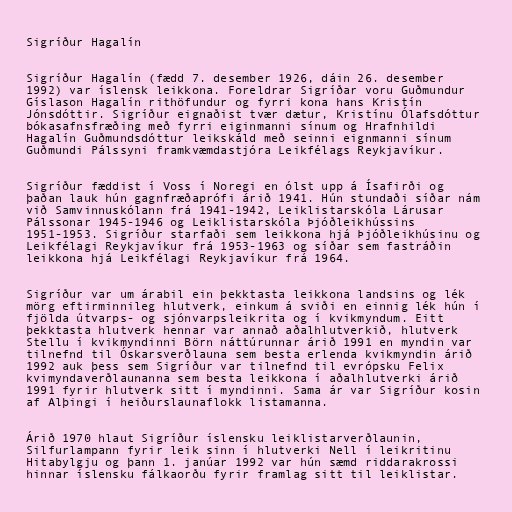
Sigríður Hagalín

Sigríður Hagalín (fædd 7. desember 1926, dáin 26. desember
1992) var íslensk leikkona. Foreldrar Sigríðar voru Guðmundur
Gíslason Hagalín rithöfundur og fyrri kona hans Kristín
Jónsdóttir. Sigríður eignaðist tvær dætur, Kristínu Ólafsdóttur
bókasafnsfræðing með fyrri eiginmanni sínum og Hrafnhildi
Hagalín Guðmundsdóttur leikskáld með seinni eignmanni sínum
Guðmundi Pálssyni framkvæmdastjóra Leikfélags Reykjavíkur.

Sigríður fæddist í Voss í Noregi en ólst upp á Ísafirði og
þaðan lauk hún gagnfræðaprófi árið 1941. Hún stundaði síðar nám
við Samvinnuskólann frá 1941-1942, Leiklistarskóla Lárusar
Pálssonar 1945-1946 og Leiklistarskóla Þjóðleikhússins
1951-1953. Sigríður starfaði sem leikkona hjá Þjóðleikhúsinu og
Leikfélagi Reykjavíkur frá 1953-1963 og síðar sem fastráðin
leikkona hjá Leikfélagi Reykjavíkur frá 1964.

Sigríður var um árabil ein þekktasta leikkona landsins og lék
mörg eftirminnileg hlutverk, einkum á sviði en einnig lék hún í
fjölda útvarps- og sjónvarpsleikrita og í kvikmyndum. Eitt
þekktasta hlutverk hennar var annað aðalhlutverkið, hlutverk
Stellu í kvikmyndinni Börn náttúrunnar árið 1991 en myndin var
tilnefnd til Óskarsverðlauna sem besta erlenda kvikmyndin árið
1992 auk þess sem Sigríður var tilnefnd til evrópsku Felix
kvimyndaverðlaunanna sem besta leikkona í aðalhlutverki árið
1991 fyrir hlutverk sitt í myndinni. Sama ár var Sigríður kosin
af Alþingi í heiðurslaunaflokk listamanna.

Árið 1970 hlaut Sigríður íslensku leiklistarverðlaunin,
Silfurlampann fyrir leik sinn í hlutverki Nell í leikritinu
Hitabylgju og þann 1. janúar 1992 var hún sæmd riddarakrossi
hinnar íslensku fálkaorðu fyrir framlag sitt til leiklistar.